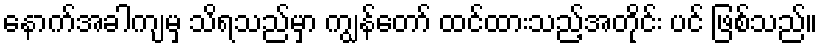
နောက်အခါကျမှ သိရသည်မှာ ကျွန်တော် ထင်ထားသည့်အတိုင်း ပင် ဖြစ်သည်။